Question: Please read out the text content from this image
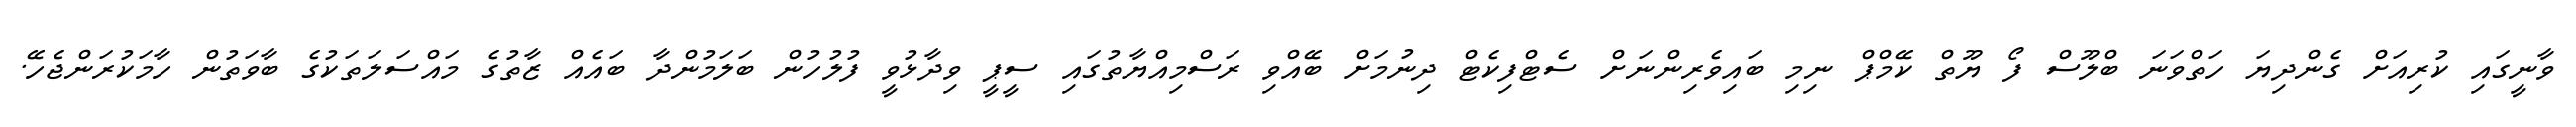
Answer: ވާނީގައި ކުރިއަށް ގެންދިޔަ ހަތްވަނަ ބްލޫސް ފޯ ޔޫތް ކޭމްޕް ނިމި ބައިވެރިންނަށް ސެޓްފިކެޓް ދިނުމަށް ބޭއްވި ރަސްމިއްޔާތުގައި ސީޕީ ވިދާޅުވީ ފުލުހުން ބަލަމުންދާ ބައެއް ޒާތުގެ މައްސަލަތަކުގެ ބާވަތުން ހާމަކުރަންޖެހޭ.